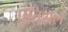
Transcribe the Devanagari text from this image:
प्रतिशल